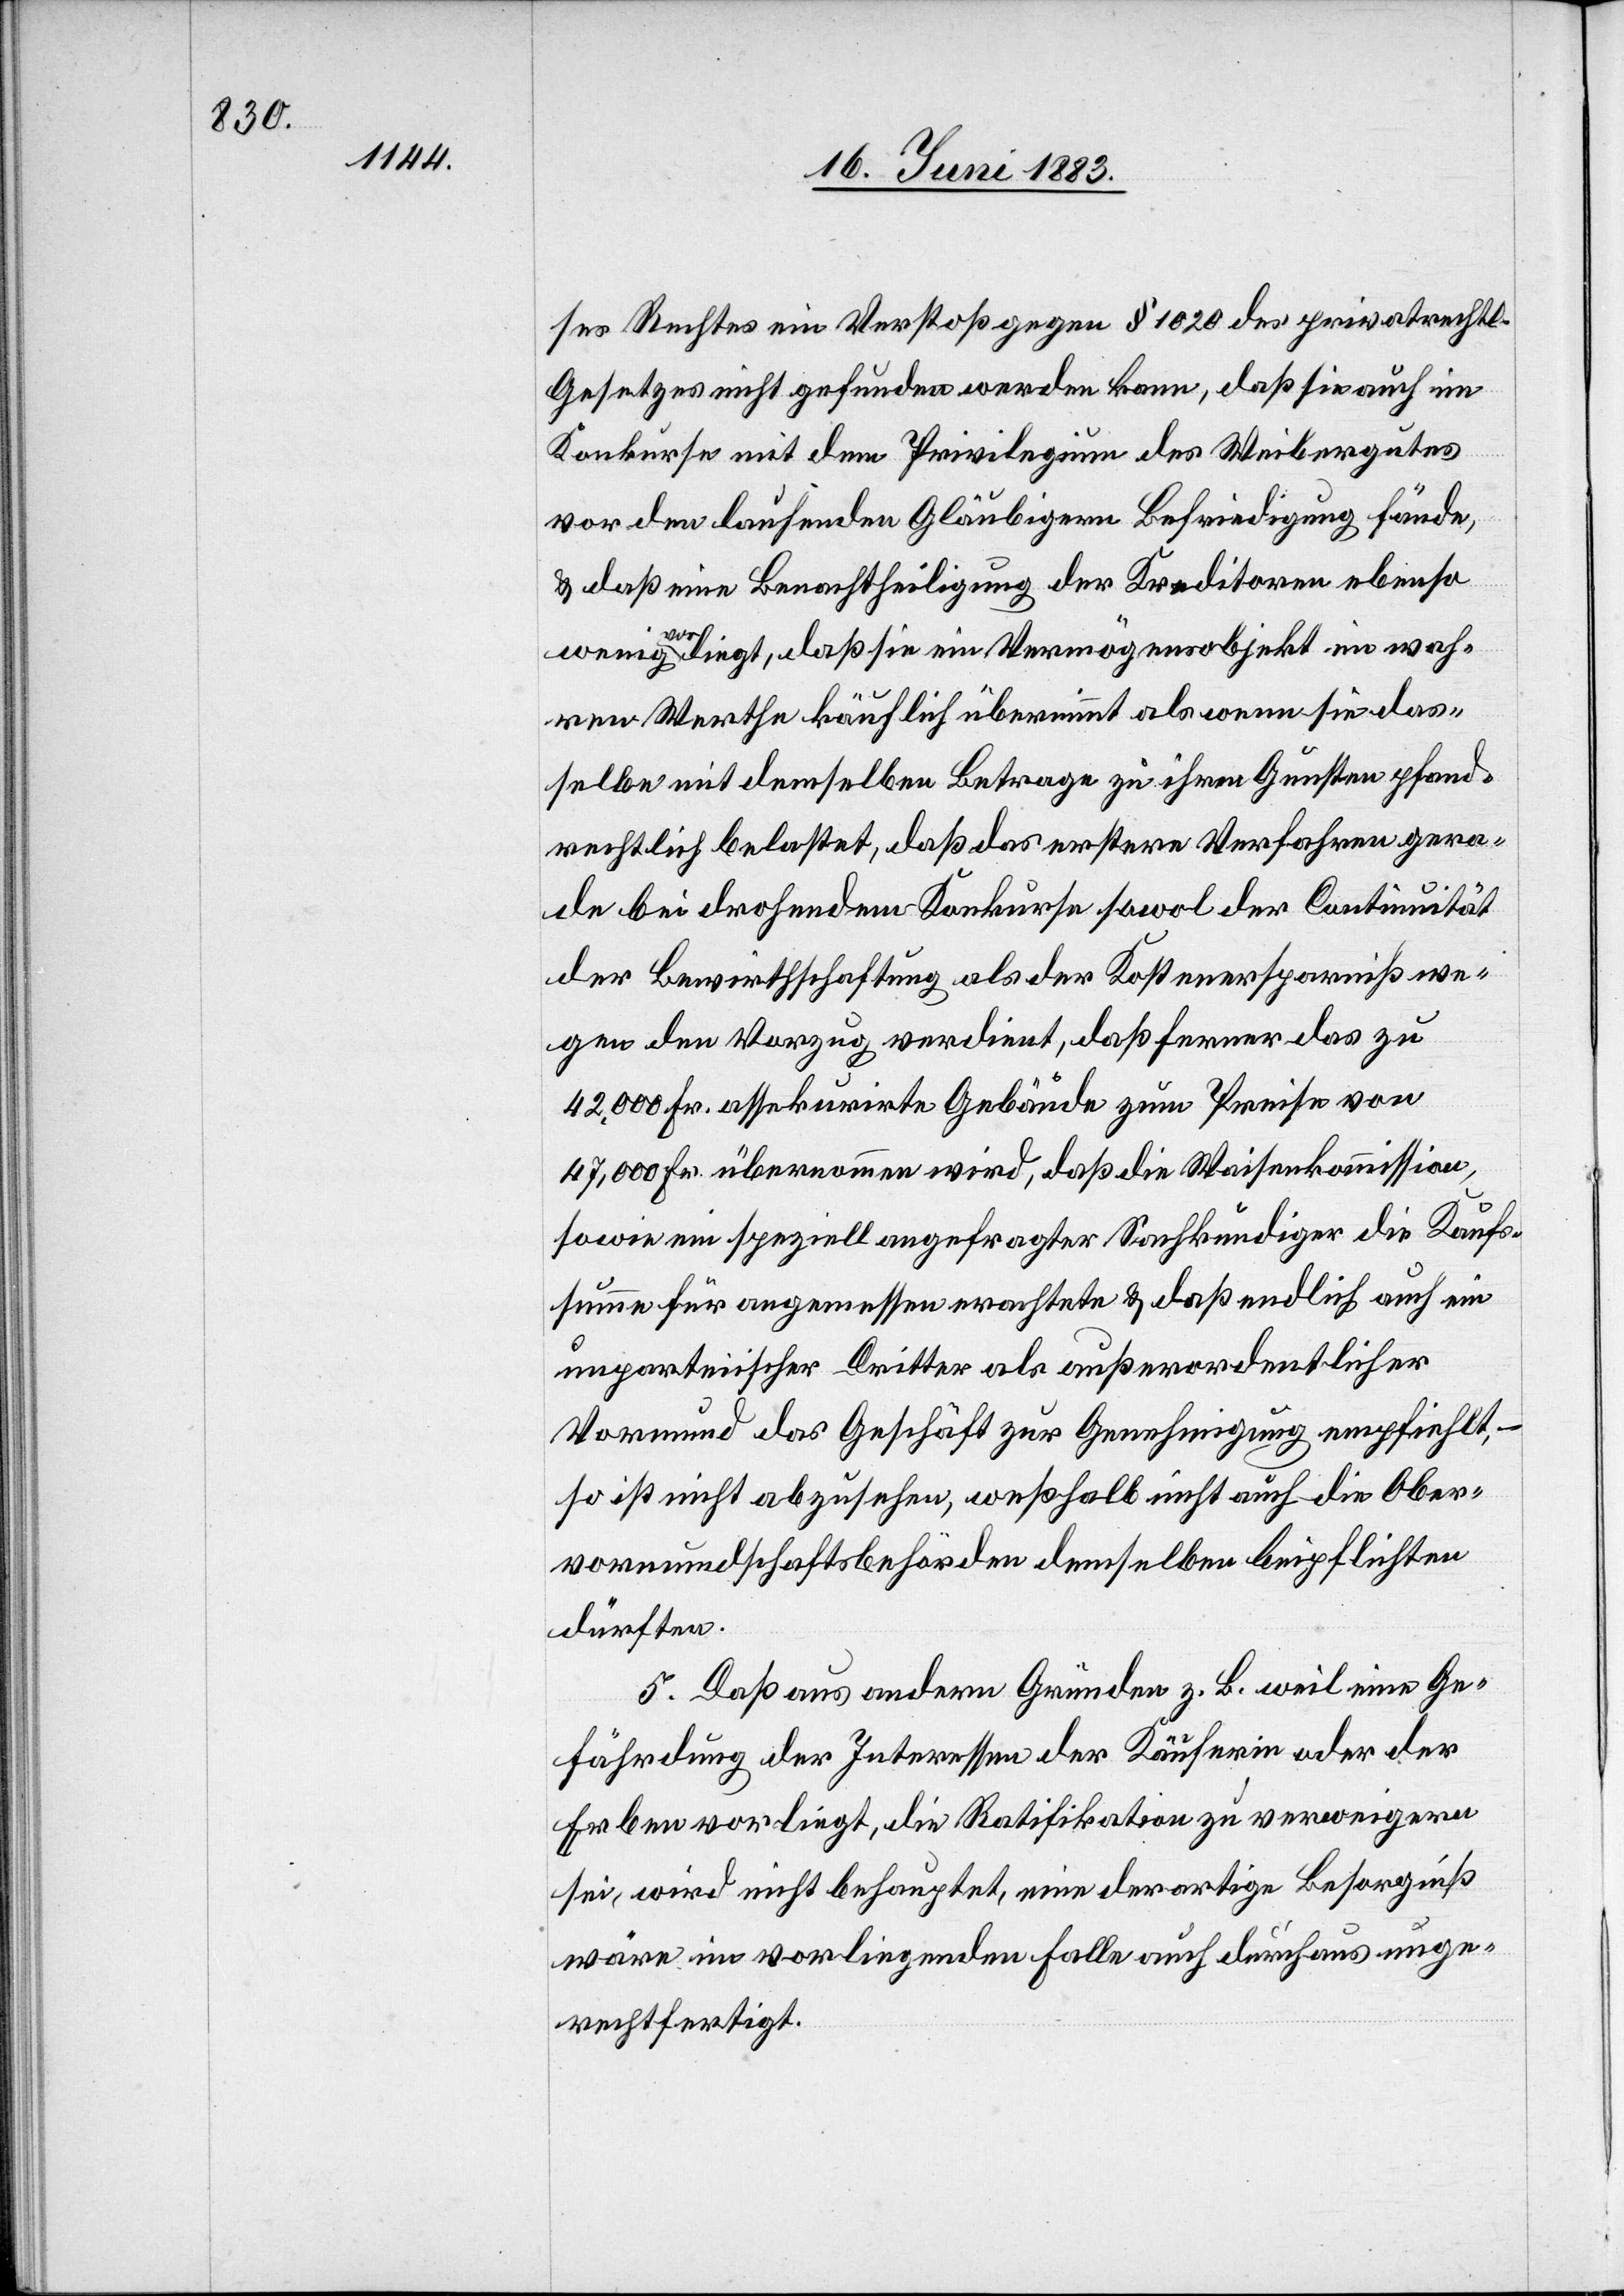
ses Rechtes ein Verstoß gegen § 1020 des privatrechtl.
Gesetzes nicht gefunden werden kann, daß sie auch im
Konkurse mit dem Privilegium des Weibergutes
vor den laufenden Gläubigern Befriedigung fände,
& daß eine Benachtheiligung der Kreditoren ebenso
wenig vorliegt, daß sie ein Vermögensobjekt im wah¬
ren Werthe käuflich übernimmt als wenn sie das¬
selbe mit demselben Betrage zu ihren Gunsten pfand¬
rechtlich belastet, daß das erstere Verfahren gera¬
de bei drohendem Konkurse sowol der Continuität
der Bewirthschaftung als der Kostenersparniß we¬
gen den Vorzug verdient, daß ferner das zu
42,000 Fr. assekurirte Gebäude zum Preise von
47,000 Fr. übernommen wird, daß die Waisenkommission,
sowie ein speziell angefragter Sachkundiger die Kauf¬
summe für angemessen erachtete & daß endlich auch ein
unparteiischer Dritter als außerordentlicher
Vormund das Geschäft zur Genehmigung empfiehlt, –
so ist nicht abzusehen, weßhalb nicht auch die Ober¬
vormundschaftsbehörden demselben beipflichten
dürften.
5. Daß aus andern Gründen z. B. weil eine Ge¬
fährdung der Interessen der Käuferin oder der
Erben vorliegt, die Ratifikation zu verweigern
sei, wird nicht behauptet, eine derartige Besorgniß
wäre im vorliegenden Falle auch durchaus unge¬
rechtfertigt.